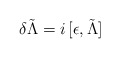
\begin{align*}\delta\tilde\Lambda=i\,[\epsilon,\tilde\Lambda]\end{align*}